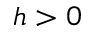
h > 0